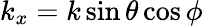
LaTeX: k_{x}=k\sin\theta\cos\phi\,